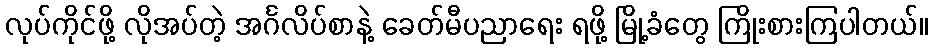
လုပ်ကိုင်ဖို့ လိုအပ်တဲ့ အင်္ဂလိပ်စာနဲ့ ခေတ်မီပညာရေး ရဖို့ မြို့ခံတွေ ကြိုးစားကြပါတယ်။